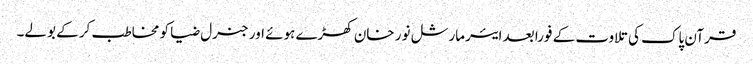
قرآن پاک کی تلاوت کے فورا بعد ایئرمارشل نور خان کھڑے ہوئے اور جنرل ضیا کو مخاطب کر کے بولے۔